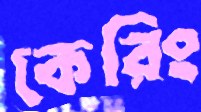
কেরিং